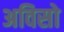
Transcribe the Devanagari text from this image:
अविसो